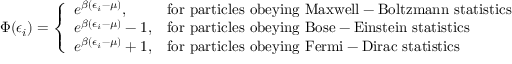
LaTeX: \Phi ( \epsilon _ { i } ) = { \left\{ \begin{array} { l l } { e ^ { \beta ( \epsilon _ { i } - \mu ) } , } & { { \mathrm { f o r ~ p a r t i c l e s ~ o b e y i n g ~ M a x w e l l - B o l t z m a n n ~ s t a t i s t i c s } } } \\ { e ^ { \beta ( \epsilon _ { i } - \mu ) } - 1 , } & { { \mathrm { f o r ~ p a r t i c l e s ~ o b e y i n g ~ B o s e - E i n s t e i n ~ s t a t i s t i c s } } } \\ { e ^ { \beta ( \epsilon _ { i } - \mu ) } + 1 , } & { { \mathrm { f o r ~ p a r t i c l e s ~ o b e y i n g ~ F e r m i - D i r a c ~ s t a t i s t i c s } } } \end{array} \right. }